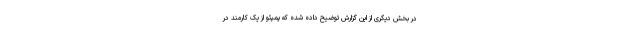
در بخش دیگری از این گزارش توضیح داده شده که پمپئو از یک کارمند در